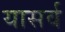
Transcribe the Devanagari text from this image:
यासर्व